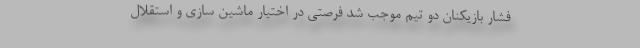
فشار بازیکنان دو تیم موجب شد فرصتی در اختیار ماشین سازی و استقلال